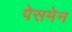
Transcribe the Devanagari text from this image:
पेसमेन